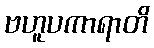
ဗဟူပကာရာတိ